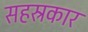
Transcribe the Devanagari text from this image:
सहस्रकार